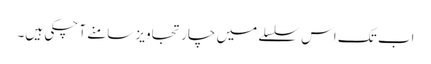
اب تک اس سلسلے میں چار تجاویز سامنے آ چکی ہیں۔